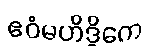
ဧဝံမဟိဒ္ဓိကေ